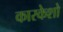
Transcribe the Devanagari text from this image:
कारकेशो